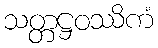
သတ္တဋ္ဌဝဿိကံ